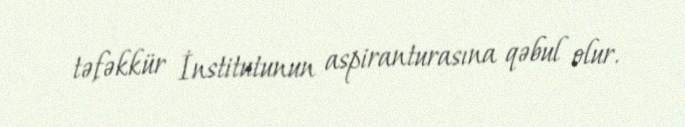
təfəkkür İnstitutunun aspiranturasına qəbul olur.